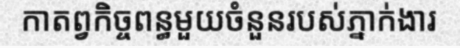
កាតព្វកិច្ចពន្ធមួយចំនួនរបស់ភ្នាក់ងារ